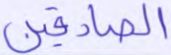
الصادقين